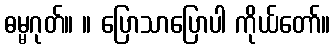
ဓမ္မဂုတ်။ ။ ပြောသာပြောပါ ကိုယ်တော်။